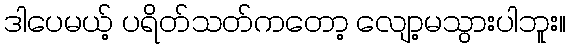
ဒါပေမယ့် ပရိတ်သတ်ကတော့ လျော့မသွားပါဘူး။